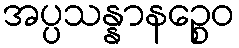
အပ္ပသန္နာနဉ္စေဝ